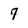
Character: 7